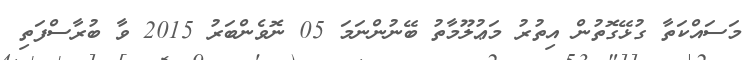
މަސައްކަތާ ގުޅޭގޮތުން އިތުރު މަޢުލޫމާތު ބޭނުންނަމަ 05 ނޮވެންބަރު 2015 ވާ ބުރާސްފަތި